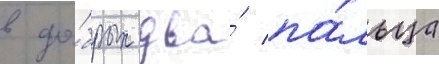
в до́брых два́ па́льца